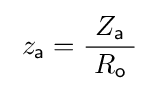
\;z_{\mathsf {a}}={\frac {\ Z_{\mathsf {a}}\ }{R_{\mathsf {o}}}}\;